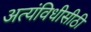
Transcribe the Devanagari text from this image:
अत्यंविधीसीठी